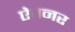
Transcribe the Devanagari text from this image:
ऐवनर